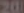
201